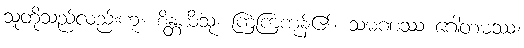
သူတို့သည်လည်းဟူ။ စိန္တယိံသု၊ ကြံကြကုန်၏။ သမဏဿ ဂေါတမဿ၊